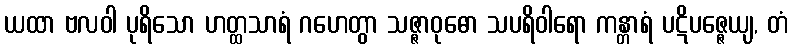
ယထာ ဗလဝါ ပုရိသော ဟတ္ထသာရံ ဂဟေတွာ သဇ္ဇာဝုဓော သပရိဝါရော ကန္တာရံ ပဋိပဇ္ဇေယျ, တံ